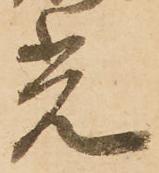
光